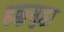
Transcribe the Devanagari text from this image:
हक्कसुद्धा